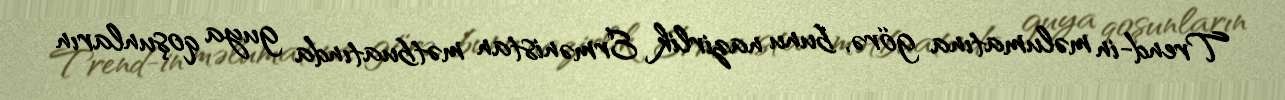
Trend-in məlumatına görə, bunu nazirlik Ermənistan mətbuatında guya qoşunların